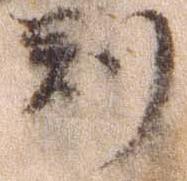
判